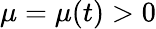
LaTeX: \mu=\mu(t)>0